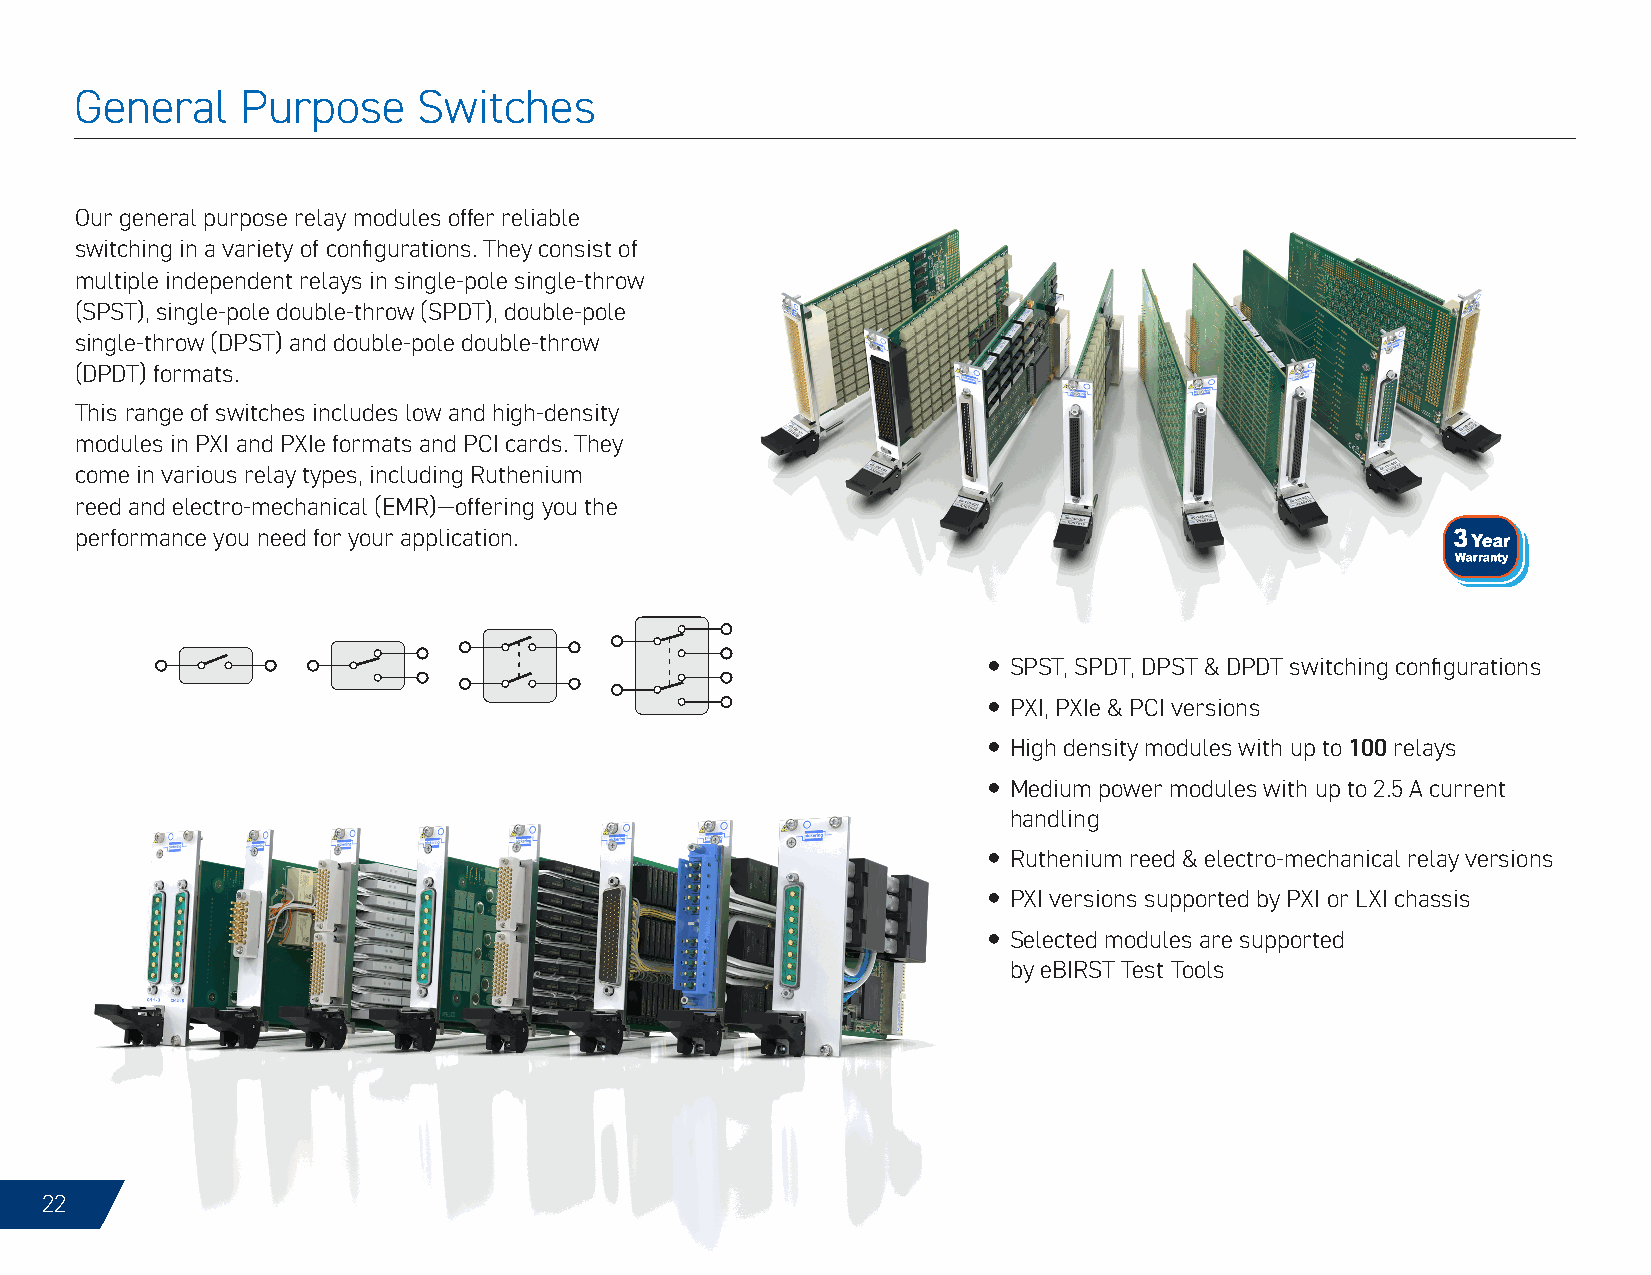
General    Purpose     Switches
 Our general purpose relay modules offer reliable
 switching in a variety of configurations. They consist of
 multiple independent relays in single-pole single-throw
 (SPST), single-pole double-throw (SPDT), double-pole
 single-throw (DPST) and double-pole double-throw
 (DPDT) formats.
 This range of switches includes low and high-density
 modules in PXI and PXIe formats and PCI cards. They
 come in various relay types, including Ruthenium
 reed and electro-mechanical (EMR)—offering you the
 performance you need for your application.
 y SPST, SPDT, DPST & DPDT switching configurations
 y PXI, PXIe & PCI versions
 y High density modules with up to 100 relays
 y Medium power modules with up to 2.5 A current
 handling
 y Ruthenium reed & electro-mechanical relay versions
 y PXI versions supported by PXI or LXI chassis
 y Selected modules are supported
 by eBIRST Test Tools
 22